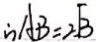
\therefore A B = 2 \sqrt { 3 }